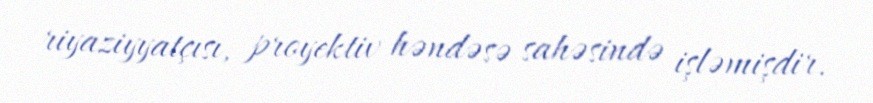
riyaziyyatçısı, proyektiv həndəsə sahəsində işləmişdir.